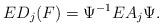
LaTeX: \begin{align*}ED_j(F)=\Psi^{-1}EA_j\Psi.\end{align*}